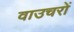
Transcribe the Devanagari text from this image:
वाउचरों